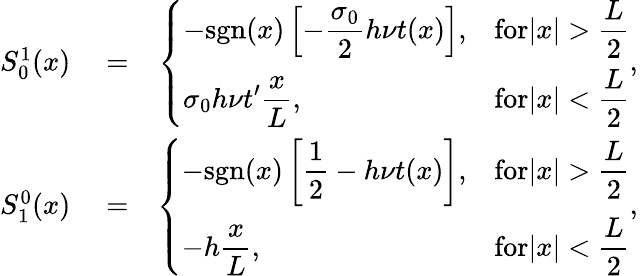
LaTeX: \begin{array}{rlr}{S_{0}^{1}(x)}&{{}=}&{\left\{ \begin{array}{ll}{\displaystyle-\mathrm{sgn}(x)\left[-\frac{\sigma_{0}}{2}h\nu t(x)\right],}&{\displaystyle\textrm{for}|x|>\frac{L}{2}}\\ {\displaystyle\sigma_{0}h\nu t^{\prime}\frac{x}{L},}&{\displaystyle\textrm{for}|x|<\frac{L}{2}}\end{array},\right.}\\ {S_{1}^{0}(x)}&{{}=}&{\left\{ \begin{array}{ll}{\displaystyle-\mathrm{sgn}(x)\left[\frac{1}{2}-h\nu t(x)\right],}&{\displaystyle\textrm{for}|x|>\frac{L}{2}}\\ {\displaystyle-h\frac{x}{L},}&{\displaystyle\textrm{for}|x|<\frac{L}{2}}\end{array},\right.}\end{array}